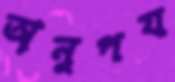
অনুপয